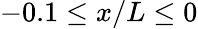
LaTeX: -0.1\leq x/L\leq 0